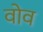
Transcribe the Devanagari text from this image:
वोव